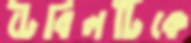
টেবিলটিকে